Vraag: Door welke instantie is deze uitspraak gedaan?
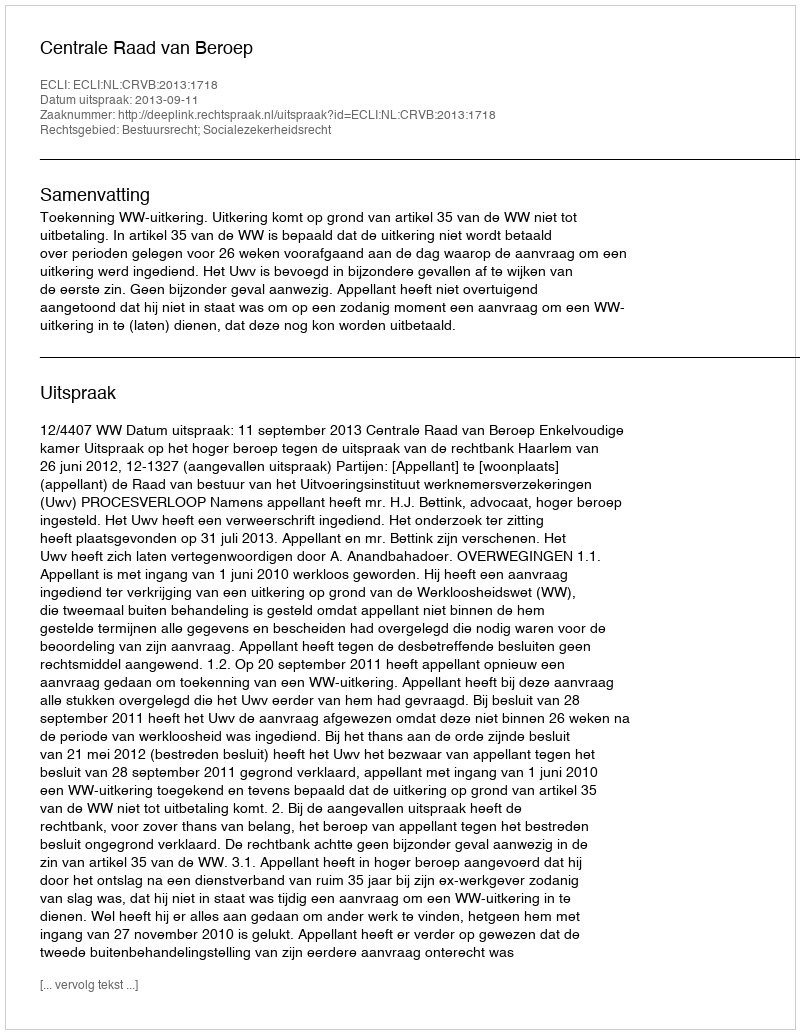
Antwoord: Centrale Raad van Beroep